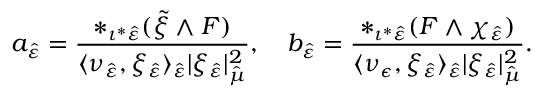
a _ { \hat { \varepsilon } } = \frac { \ast _ { \iota ^ { \ast } \hat { \varepsilon } } ( \tilde { \xi } \wedge F ) } { \langle \nu _ { \hat { \varepsilon } } , \xi _ { \hat { \varepsilon } } \rangle _ { \hat { \varepsilon } } \lvert \xi _ { \hat { \varepsilon } } \rvert _ { \hat { \mu } } ^ { 2 } } , \quad b _ { \hat { \varepsilon } } = \frac { \ast _ { \iota ^ { \ast } \hat { \varepsilon } } ( F \wedge \chi _ { \hat { \varepsilon } } ) } { \langle \nu _ { \epsilon } , \xi _ { \hat { \varepsilon } } \rangle _ { \hat { \varepsilon } } \lvert \xi _ { \hat { \varepsilon } } \rvert _ { \hat { \mu } } ^ { 2 } } .